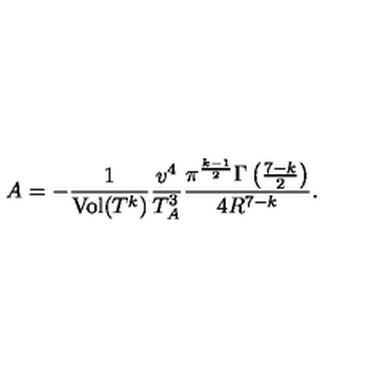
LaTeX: A = - \frac { 1 } { \mathrm { V o l } ( T ^ { k } ) } \frac { v ^ { 4 } } { T _ { A } ^ { 3 } } \frac { \pi ^ { \frac { k - 1 } { 2 } } \Gamma \left( \frac { 7 - k } { 2 } \right) } { 4 R ^ { 7 - k } } .